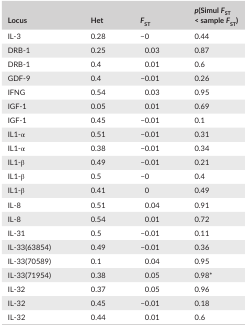
<table><thead><tr><td><b>Locus</b></td><td><b>Het</b></td><td><b><i>F</i><sub>ST</sub></b></td><td><b><i>p</i>(Simul <i>F</i><sub>ST</sub> &lt; sample <i>F</i><sub>ST</sub>)</b></td></tr></thead><tbody><tr><td>IL‐3</td><td>0.28</td><td>−0</td><td>0.44</td></tr><tr><td>DRB‐1</td><td>0.25</td><td>0.03</td><td>0.87</td></tr><tr><td>DRB‐1</td><td>0.4</td><td>0.01</td><td>0.6</td></tr><tr><td>GDF‐9</td><td>0.4</td><td>−0.01</td><td>0.26</td></tr><tr><td>IFNG</td><td>0.54</td><td>0.03</td><td>0.95</td></tr><tr><td>IGF‐1</td><td>0.05</td><td>0.01</td><td>0.69</td></tr><tr><td>IGF‐1</td><td>0.45</td><td>−0.01</td><td>0.1</td></tr><tr><td>IL1‐α</td><td>0.51</td><td>−0.01</td><td>0.31</td></tr><tr><td>IL1‐α</td><td>0.38</td><td>−0.01</td><td>0.34</td></tr><tr><td>IL1‐β</td><td>0.49</td><td>−0.01</td><td>0.21</td></tr><tr><td>IL1‐β</td><td>0.5</td><td>−0</td><td>0.4</td></tr><tr><td>IL1‐β</td><td>0.41</td><td>0</td><td>0.49</td></tr><tr><td>IL‐8</td><td>0.51</td><td>0.04</td><td>0.91</td></tr><tr><td>IL‐8</td><td>0.54</td><td>0.01</td><td>0.72</td></tr><tr><td>IL‐31</td><td>0.5</td><td>−0.01</td><td>0.11</td></tr><tr><td>IL‐33(63854)</td><td>0.49</td><td>−0.01</td><td>0.36</td></tr><tr><td>IL‐33(70589)</td><td>0.1</td><td>0.04</td><td>0.95</td></tr><tr><td>IL‐33(71954)</td><td>0.38</td><td>0.05</td><td>0.98*</td></tr><tr><td>IL‐32</td><td>0.37</td><td>0.05</td><td>0.96</td></tr><tr><td>IL‐32</td><td>0.45</td><td>−0.01</td><td>0.18</td></tr><tr><td>IL‐32</td><td>0.44</td><td>0.01</td><td>0.6</td></tr></tbody></table>